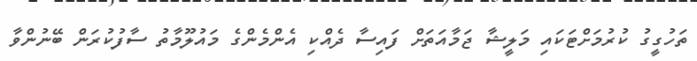
ތަހުގީގު ކުރުމަށްޓަކައި މަލީޝާ ޖަމާއަތަށް ފައިސާ ދެއްކި އެންމެންގެ މައުލޫމާތު ސާފުކުރަން ބޭނުންވާ